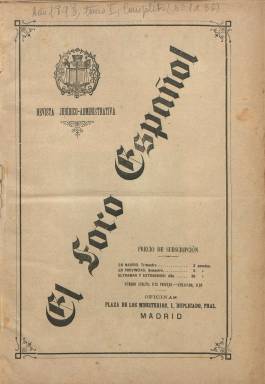
Título: El Foro español (Madrid. 1898)
Colección: Derecho
Ámbito geográfico: Madrid
Lugar de publicación: Madrid
Fechas: 10/01/1898-31/12/1923

Publicación especializada en derecho que salía cada diez días, subtitulada revista jurídico-administrativa, su propósito era informar de todo lo relacionado con el Poder Judicial, así como la defensa de todo aquel cuyo trabajo tuviera  que ver con los tribunales, “desde el magistrado hasta el alguacil”.

   De lo no muy bien que andaba la profesión de jurista, dejó la revista constancia con el siguiente castizo comentario:  “No hace mucho que se ocupó la prensa de un abogado que solicitó una plaza de vigilante de consumos y sabido de muchos es el que en Madrid hay otro que despacha pescados y un tercero que ejerce de cobrador en un tranvía”.

    La publicación, de doce páginas y dirigida por Lorenzo Barrio y Morayta, constaba de las siguientes secciones: Boletín de la semana, con legislación y disposiciones de la Administración central; Jurisprudencia, con extractos de la doctrina sentada por el Tribunal Supremo y los Tribunales Eclesiásticos; Quejas y comentarios, sección que se ponía al servicio  de quienes eran víctimas de cualquier abuso o error de la administración de justicia; Tribuna Libre, para que los lectores expusieran su opinión.

    Había también una sección de Consultas para asesorar a los abogados en el ejercicio de su profesión, otra de Noticias relacionadas siempre con el mundo judicial, como los señalamientos para las subastas judiciales y particulares, unas más de Revista de Tribunales, dando cuenta de juicios o vistas de importancia y se cerraba la publicación con un repaso a la bibliografía jurídica. La editorial también se propuso crear su propia biblioteca; con el primer número de la revista puso a la venta un folleto del director con artículos que había publicado sobre las reformas que estimaba necesarias en la administración de justicia,

   En la portada de cada número se publicaba el retrato de un eminente jurisconsulto español o extranjero con su biografía en páginas interiores. El primero estuvo dedicado  a Manuel Cortina, abogado que llegó a ser diputado, senador y ministro con diferentes Gobiernos y fue asimismo decano del Colegio de Abogados de Madrid.

   En su último número de 31 de diciembre de 1923, el director de El Foro Español, Barrio y Morayta, explica la desaparición de la revista por la deserción del público al que iba dirigida, cuya preferencia se decantó por una revista de la competencia más moderna, y por los elevados costes. Se desahogó así: “Durante ventiséis años no he ganado un solo céntimo con el periódico y he puesto mucho dinero y toda una vida de vocación y de trabajo. Recojo solo ingratitudes y pérdidas económicas”.

  Barrio y Morayta fue presidente y fundador de la Asociación de Vecinos e Inquilinos de Madrid y dirigió también La Federación, un periódico dedicado especialmente a la defensa del Puente de Vallecas y sus barriadas. Fue autor entre otros del libro titulado ‘El proceso de Cristo: examen crítico’, obra publicada en 1911.

[Descripción publicada el 26/11/2018]